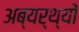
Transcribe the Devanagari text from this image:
अब्यर्थ्यों